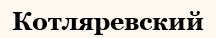
Котляревский